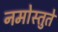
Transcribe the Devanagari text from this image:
नमोस्तुते